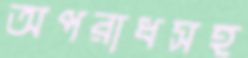
অপরাধসহ